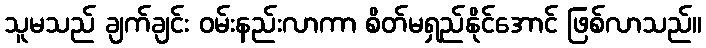
သူမသည် ချက်ချင်း ဝမ်းနည်းလာကာ စိတ်မရှည်နိုင်အောင် ဖြစ်လာသည်။